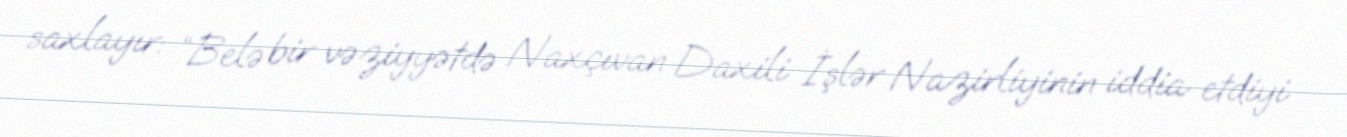
saxlayır: “Belə bir vəziyyətdə Naxçıvan Daxili İşlər Nazirliyinin iddia etdiyi